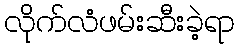
လိုက်လံဖမ်းဆီးခဲ့ရာ